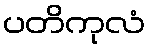
ပတိကုလံ